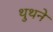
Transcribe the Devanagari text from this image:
थुथने